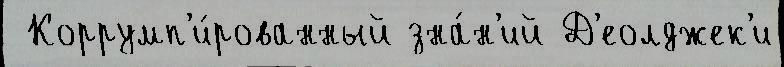
 Коррумп'и́рованный зна́н'ий Д'еолджек'и